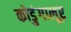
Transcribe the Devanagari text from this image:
कोडुंगालूर